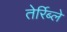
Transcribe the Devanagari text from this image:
तेर्रिब्ले